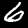
Digit: 6